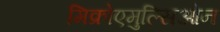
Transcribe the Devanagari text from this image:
मिक्रोएमुल्सिओन